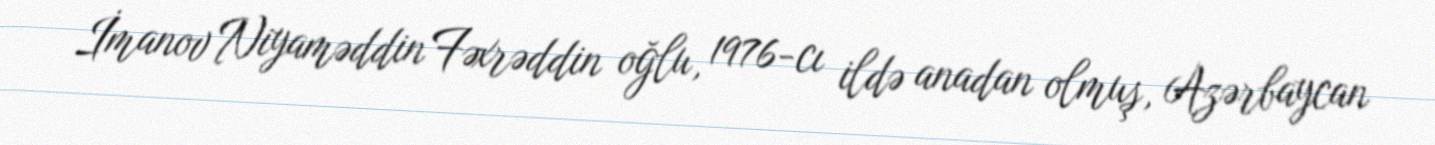
İmanov Niyaməddin Fəxrəddin oğlu, 1976-cı ildə anadan olmuş, Azərbaycan